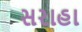
સરાહા